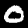
Digit: 0